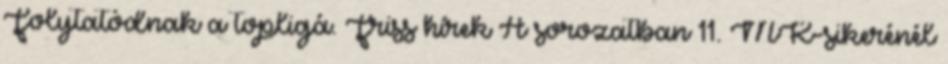
Folytatódnak a topligá. Friss hírek A sorozatban 11. MK-sikerénél